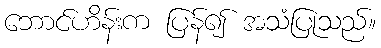
ဘောင်ဟိန်းက ပြန်၍ အသံပြုသည်။